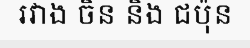
រវាង ចិន និង ជប៉ុន